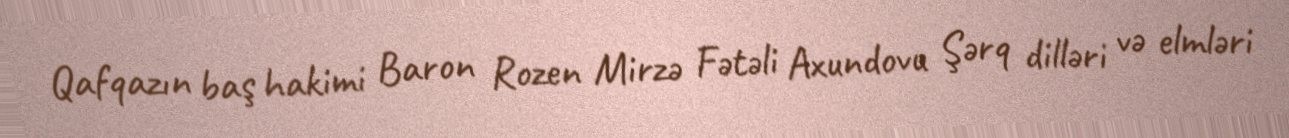
Qafqazın baş hakimi Baron Rozen Mirzə Fətəli Axundovu Şərq dilləri və elmləri